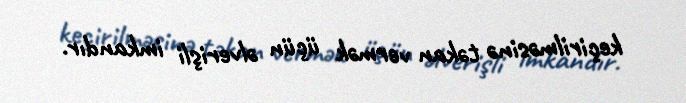
keçirilməsinə təkan vermək üçün əlverişli imkandır.